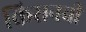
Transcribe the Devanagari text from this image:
किसनची